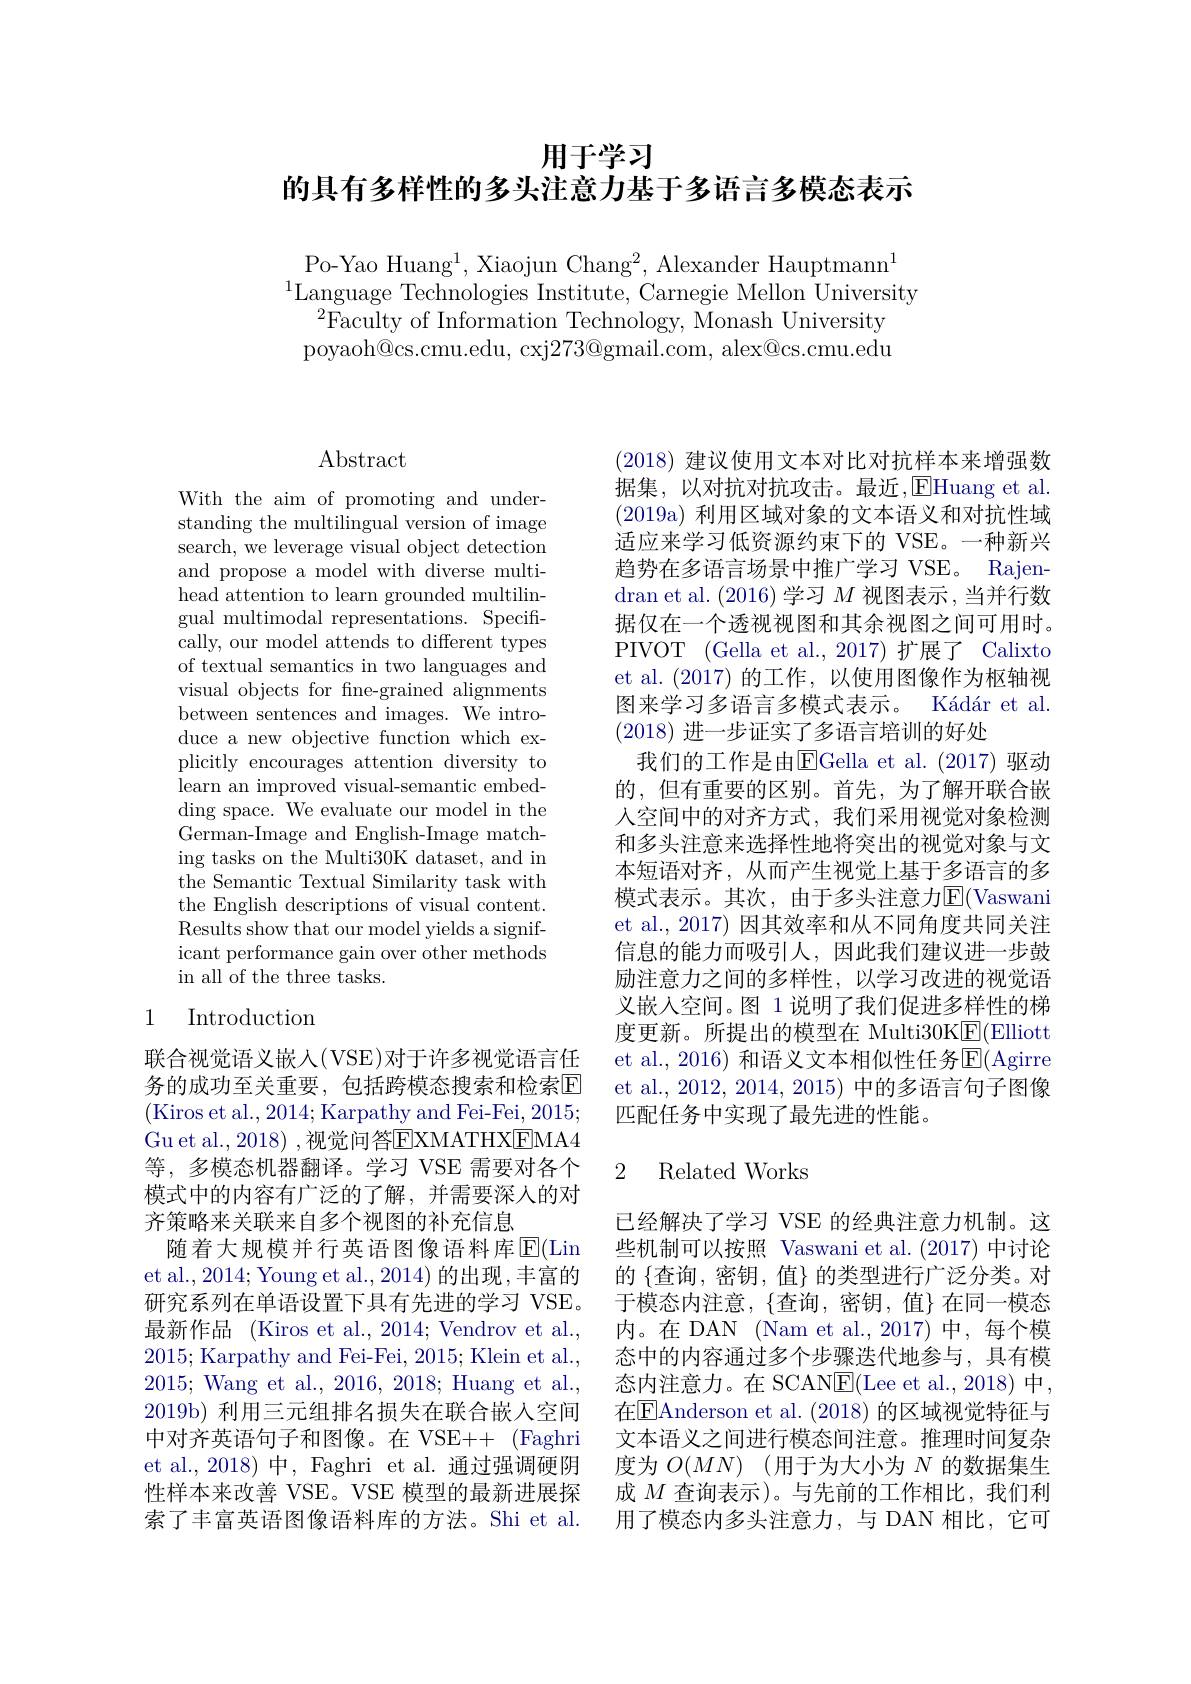
用于学习

的具有多样性的多头注意力基于多语言多模态表示

Po-Yao Huang$^1$,Xiaojun Chang$^2$,Alexander Hauptmann$^1$
$^{1}$Language Technologies Institute, Carnegie Mellon $^{\mathrm{University}}$
$^{2}$Faculty of Information Technology, Monash University poyaoh@cs.cmu.edu, cxj$273@$gmail.com, alex@cs.cmu.edu

## $\operatorname{Abstract}$

With the aim of promoting and understanding the multilingual version of image search, we leverage visual object detection and propose a model with diverse multihead attention to learn grounded multilingual multimodal representations. Specifically, our model attends to different types of textual semantics in two languages and visual objects for fne-grained alignments between sentences and images. We introduce a new objective function which explicitly encourages attention diversity to learn an improved visual-semantic embedding space. We evaluate our model in the German-Image and English-Image matching tasks on the Multi30K dataset, and in the Semantic Textual Similarity task with the English descriptions of visual content. Results show that our model yields a significant performance gain over other methods in all of the three tasks.

## 1 Introduction

联合视觉语义嵌人(VSE)对于许多视觉语言任务的成功至关重要，包括跨模态搜索和检索$\overline{\mathrm{E}}$ (Kiros et al.,2014;Karpathy and Fei-Fei, 2015; Gu et al., 2018) , 视觉问答EXMATHX$\boxed{\mathrm{FMA4}}$ 等，多模态机器翻译。学习 VSE 需要对各个模式中的内容有广泛的了解，并需要深人的对齐策略来关联来自多个视图的补充信息
随着大规模并行英语图像语料库$\operatorname{E}(\operatorname{Lin}$ et al., 2014; Young et al., 2014) 的出现，丰富的研究系列在单语设置下具有先进的学习 VSE。最新作品 (Kiros et al.,2014;Vendrov et al., 2015; Karpathy and Fei-Fei, 2015; Klein et al., 2015; Wang et al., 2016, 2018; Huang et al., 2019b) 利用三元组排名损失在联合嵌入空间中对齐英语句子和图像。在 VSE++ (Faghri et al.,2018) 中，Faghri et al. 通过强调硬阴性样本来改善 VSE。VSE 模型的最新进展探索了丰富英语图像语料库的方法。Shi et al.

(2018)建议使用文本对比对抗样本来增强数据集，以对抗对抗攻击。最近，EHuang et al. (2019a) 利用区域对象的文本语义和对抗性域适应来学习低资源约束下的 VSE。一种新兴趋势在多语言场景中推广学习 VSE。Rajendran et al. (2016) 学习$M$视图表示 ,当并行数据仅在一个透视视图和其余视图之间可用时。PIVOT (Gella et al., 2017)扩展了 Calixto et al.(2017)的工作，以使用图像作为枢轴视图来学习多语言多模式表示。Kádár et al (2018)进一步证实了多语言培训的好处
我们的工作是由E$Gella et al. ( 2017) $驱动的，但有重要的区别。首先，为了解开联合嵌人空间中的对齐方式，我们采用视觉对象检测和多头注意来选择性地将突出的视觉对象与文本短语对齐，从而产生视觉上基于多语言的多模式表示。其次，由于多头注意力$\overline{\mathrm{E}}($Vaswani et al., 2017) 因其效率和从不同角度共同关注信息的能力而吸引人，因此我们建议进一步鼓励注意力之间的多样性，以学习改进的视觉语义嵌入空间。图 1 说明了我们促进多样性的梯度更新。所提出的模型在 Multi30K$\underline{\mathrm{F}}($Elliott et al., 2016) 和语义文本相似性任务$\overline{\mathrm{E}}($Agirre et al., 2012, 2014, 2015) 中的多语言句子图像匹配任务中实现了最先进的性能。

### 2 Related Works

已经解决了学习 VSE 的经典注意力机制。这些机制可以按照 Vaswani et al.(2017) 中讨论的 $\{$查询，密钥，值}的类型进行广泛分类。对于模态内注意，$\{$查询，密钥，值$\}$ 在同一模态内。在 DAN (Nam et al.,2017)中，每个模态中的内容通过多个步骤迭代地参与，具有模态内注意力。在 SCANE(Lee et al., 2018) 中， 在$\boxed{\mathrm{E}}$Anderson et al. (2018) 的区域视觉特征与文本语义之间进行模态间注意。推理时间复杂度为$O( MN)$ (用于为大小为$N$的数据集生成$M$查询表示)。与先前的工作相比，我们利用了模态内多头注意力，与 DAN 相比，它可